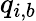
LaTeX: q_{i,b}